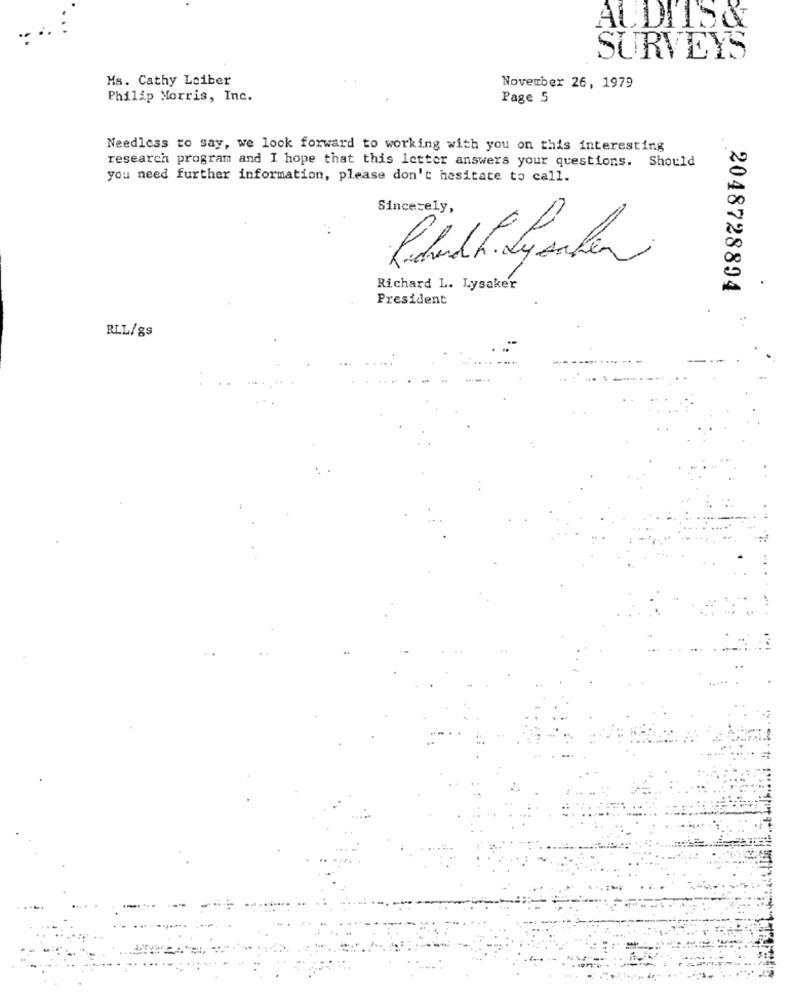
AUDITSCE
SURVEYS
Ms. Cathy Leiber
November 26, 1979
Philip Morris, Inc.
Page 5
Needless to say, we look forward to working with you on this interesting
research program and I hope that this letter answers your questions. Should
you need further information, please don't hesitate to call.
Sincerely,
Richard L. Lysaker
2048728894
President
RLL/gs